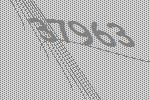
37963